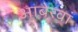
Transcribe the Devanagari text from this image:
आबेरवां